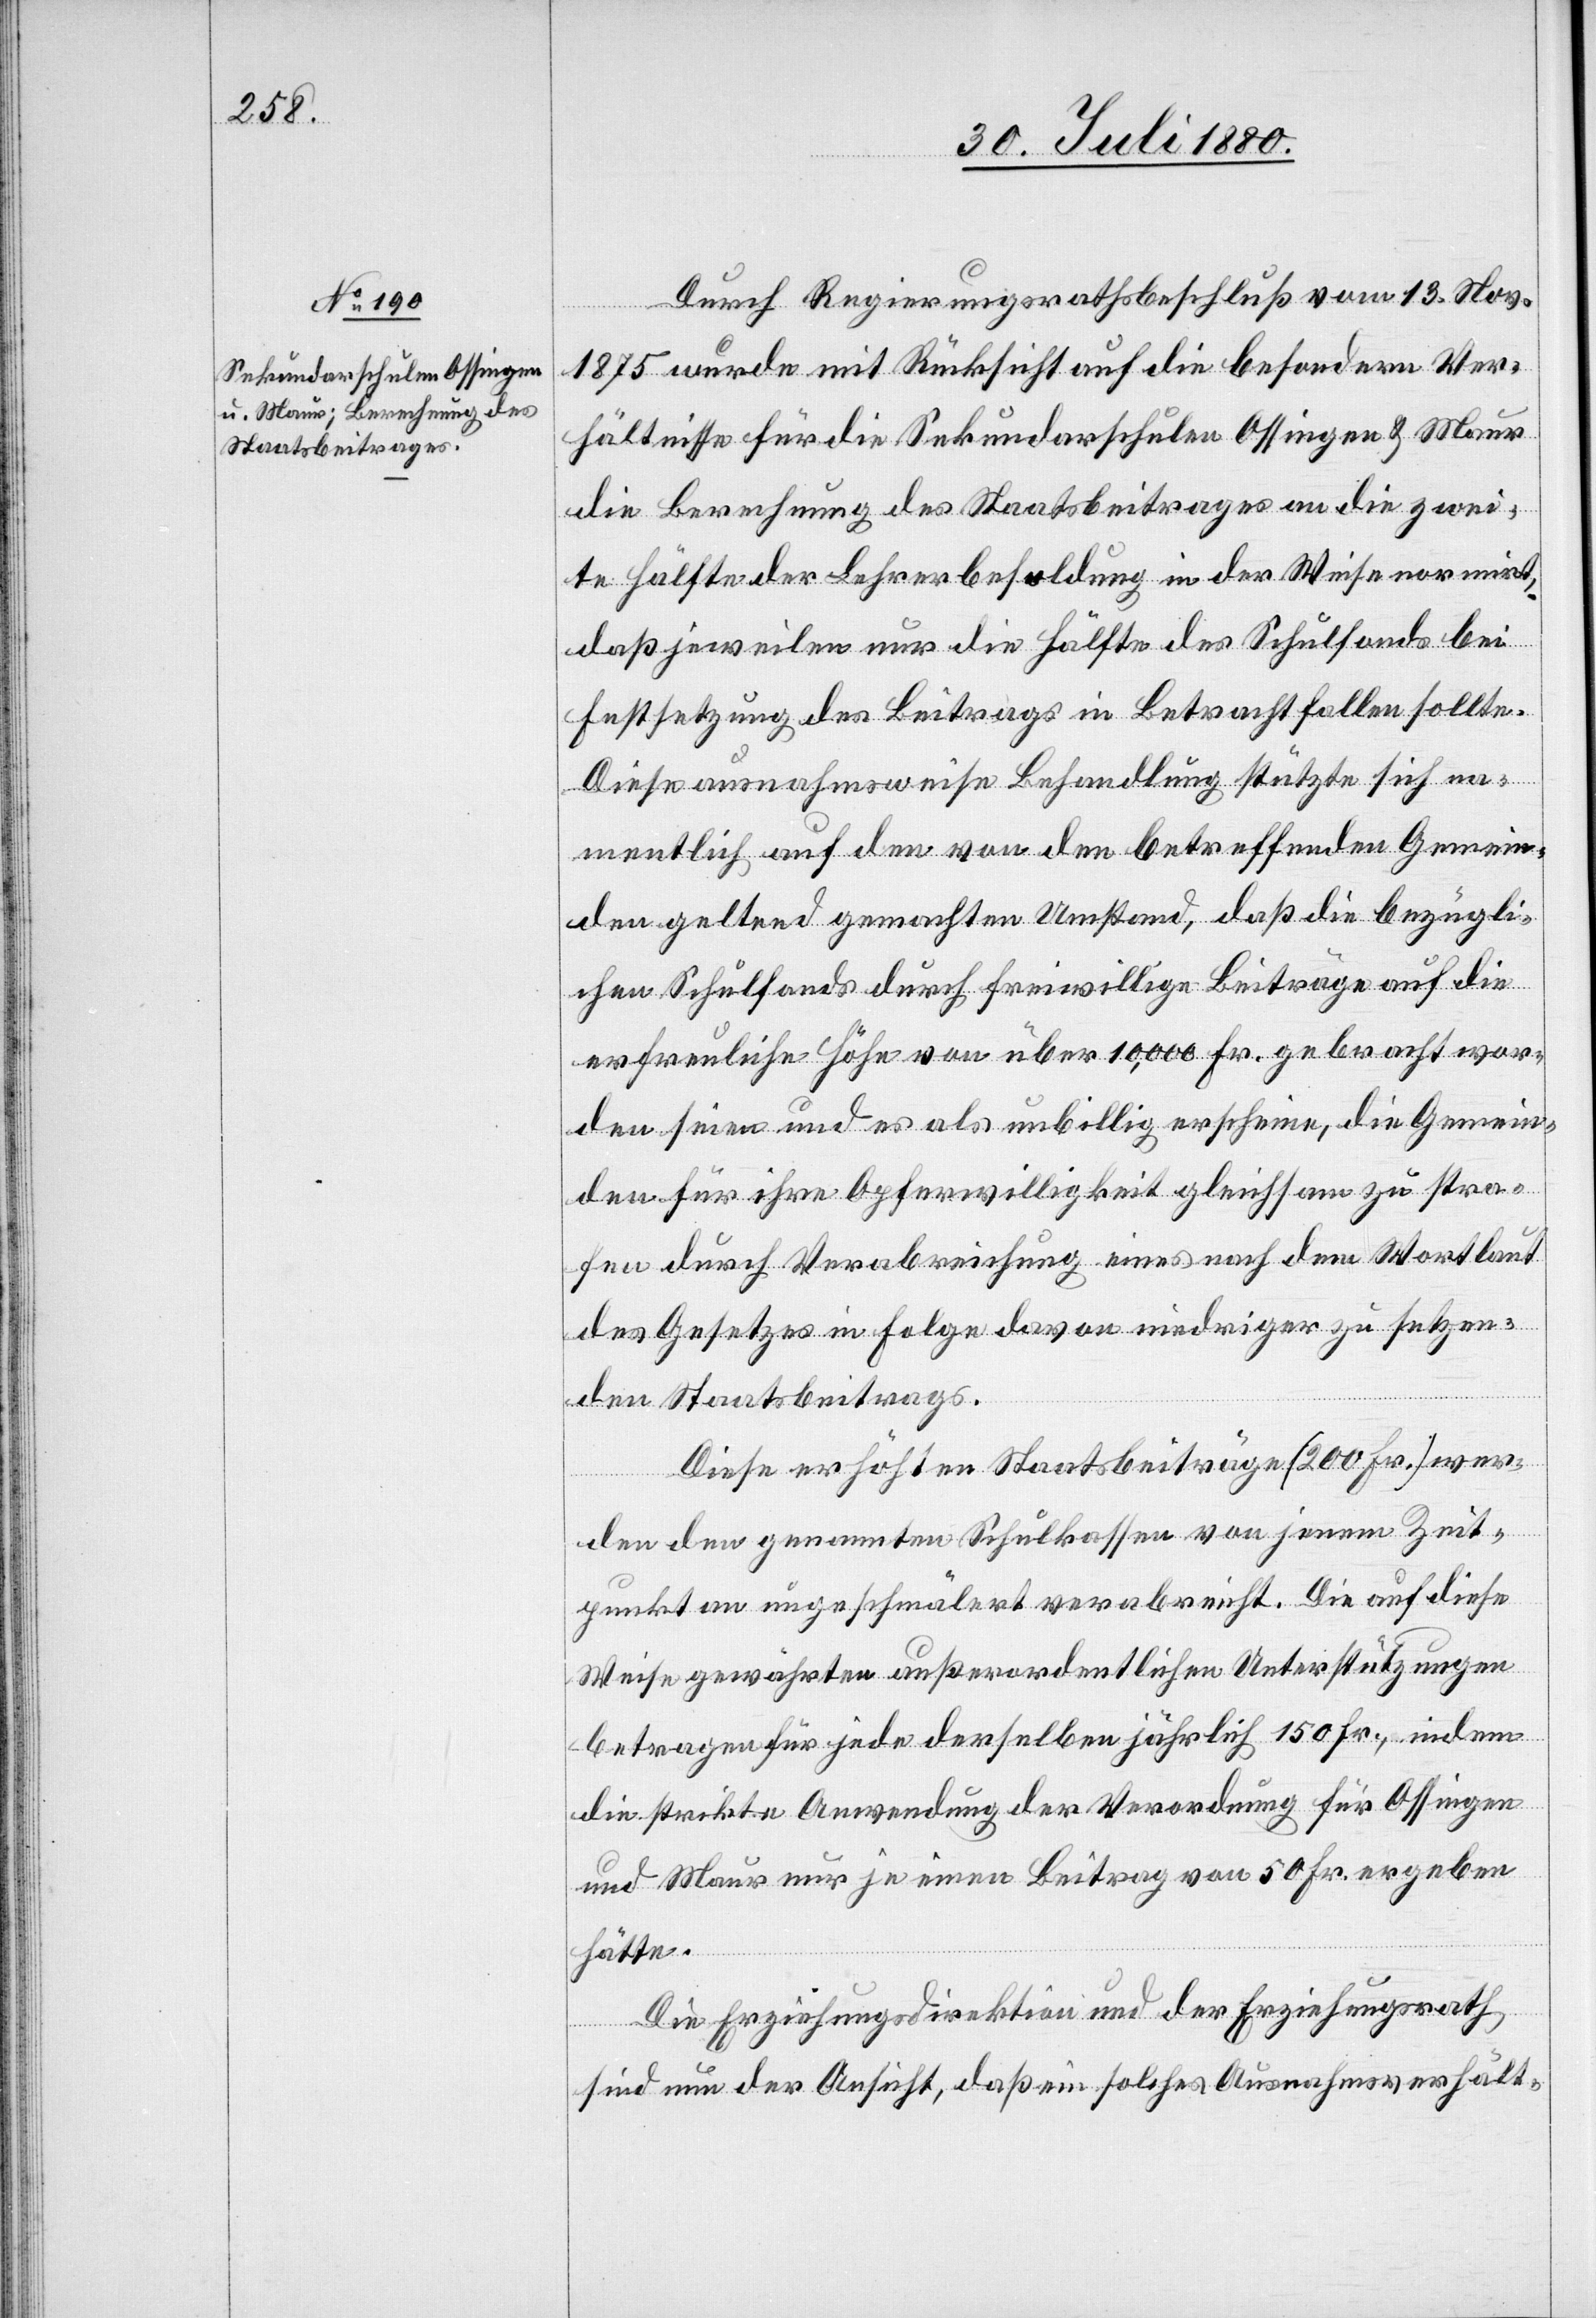
Durch Regierungsrathsbeschluß vom 13. Nov.
1875 wurde mit Rücksicht auf die besonderen Ver¬
hältnisse für die Sekundarschule Ossingen & Maur
die Berechnung des Staatsbeitrages an die zwei¬
te Hälfte der Leherbesoldung in der Weise normirt,
daß jeweilen nur die Hälfte des Schulfonds bei
Festsetzung des Beitrags in Betracht fallen sollte.
Diese ausnahmsweise Behandlung stützte sich na¬
mentlich auf den von den betreffenden Gemein¬
den geltend gemachten Umstand, daß die bezügli¬
chen Schulfonds durch freiwillige Beiträge auf die
erfreuliche Höhe von über 10,000 Fr. gebracht wor¬
den seien und es als unbillig erschiene, die Gemein¬
den für ihre Opferwilligkeit gleichsam zu stra¬
fen durch Verabreichung eines nach dem Wortlaut
des Gesetzes in Folge davon niedriger zu setzen¬
den Staatsbeitrages.
Diese erhöhten Staatsbeiträge (200 Fr.) wer¬
den den genannten Schulkassen von jenem Zeit¬
punkt an ungeschmälert verabreicht. Die auf diese
Weise gewährten außerordentlichen Unterstützungen
betragen für jede derselben jährlich 150 Fr., indem
die strikte Anwendung der Verordnung für Ossingen
und Maur nur je einen Beitrag von 50 Fr. ergeben
hätte.
Die Erziehungsdirektion und der Erziehungsrath
sind nun der Ansicht, daß ein solches Ausnahmsverhält-